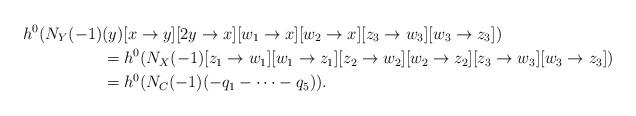
LaTeX: \begin{align*}h^0(N_Y(-1)&(y)[x \to y][2y \to x][w_1 \to x][w_2 \to x][z_3 \to w_3][w_3 \to z_3]) \\& =h^0(N_X(-1)[z_1 \to w_1][w_1 \to z_1][z_2 \to w_2][w_2 \to z_2][z_3 \to w_3][w_3 \to z_3]) \\& = h^0(N_{C}(-1)(-q_1-\cdots-q_5)).\end{align*}